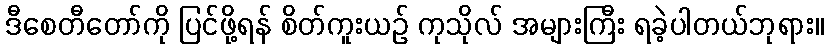
ဒီစေတီတော်ကို ပြင်ဖို့ရန် စိတ်ကူးယဉ် ကုသိုလ် အများကြီး ရခဲ့ပါတယ်ဘုရား။